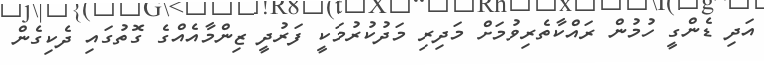
އަދި ޑެންގީ ހުމުން ރައްކާތެރިވުމަށް މަދިރި މަދުކުރުމަކީ ފަރުދީ ޒިންމާއެއްގެ ގޮތުގައި ދެކިގެން